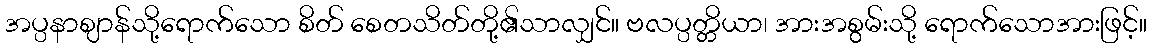
အပ္ပနာဈာန်သို့ရောက်သော စိတ် စေတသိတ်တို့၏သာလျှင်။ ဗလပ္ပတ္တိယာ၊ အားအစွမ်းသို့ ရောက်သောအားဖြင့်။